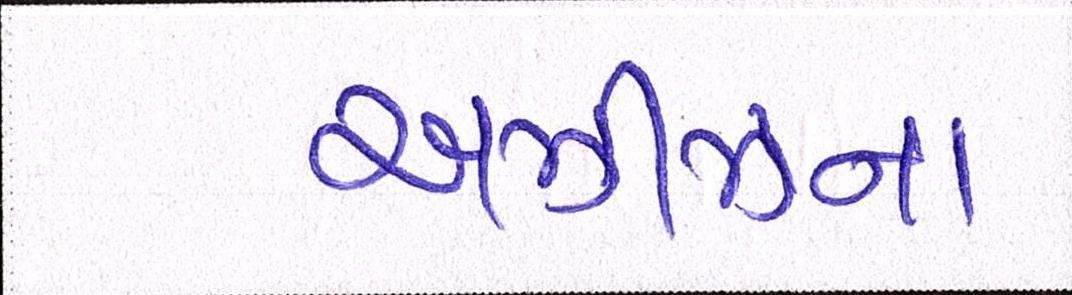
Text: અઝીઝના